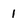
Character: 1